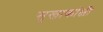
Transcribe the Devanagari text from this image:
सुखाकांक्षी